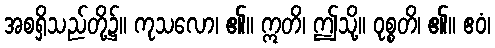
အစရှိသည်တို့၌။ ကုသလော၊ ၏။ ဣတိ၊ ဤသို့။ ဝုစ္စတိ၊ ၏။ ဧဝံ၊